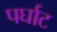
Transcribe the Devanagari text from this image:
पर्घाट